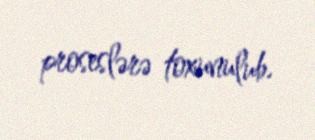
proseslərə toxunulub.